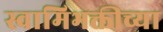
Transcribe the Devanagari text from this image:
स्वामिभक्तीच्या